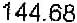
144.68